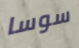
سوسا